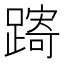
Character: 𨄾